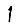
Digit: 1